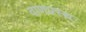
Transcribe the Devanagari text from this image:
वाणप्रस्थ